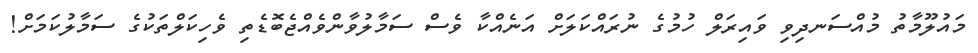
މައުލޫމާތު މުއްސަނދިވި ވައިރަލް ހުމުގެ ނުރައްކަލަށް އަނެއްކާ ވެސް ސަމާލުވާންވެއްޖެބޮޑެތި ވެހިކަލްތަކުގެ ސަމާލުކަމަށް!